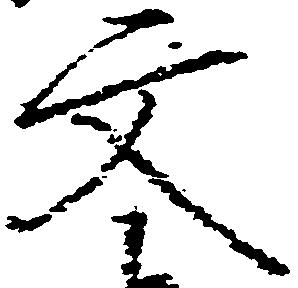
文